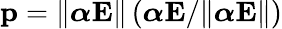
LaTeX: \mathbf{p}=\| \boldsymbol{\alpha}\mathbf{E}\| \left(\boldsymbol{\alpha}\mathbf{E}/\| \boldsymbol{\alpha}\mathbf{E}\| \right)